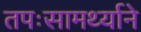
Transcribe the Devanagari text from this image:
तपःसामर्थ्याने